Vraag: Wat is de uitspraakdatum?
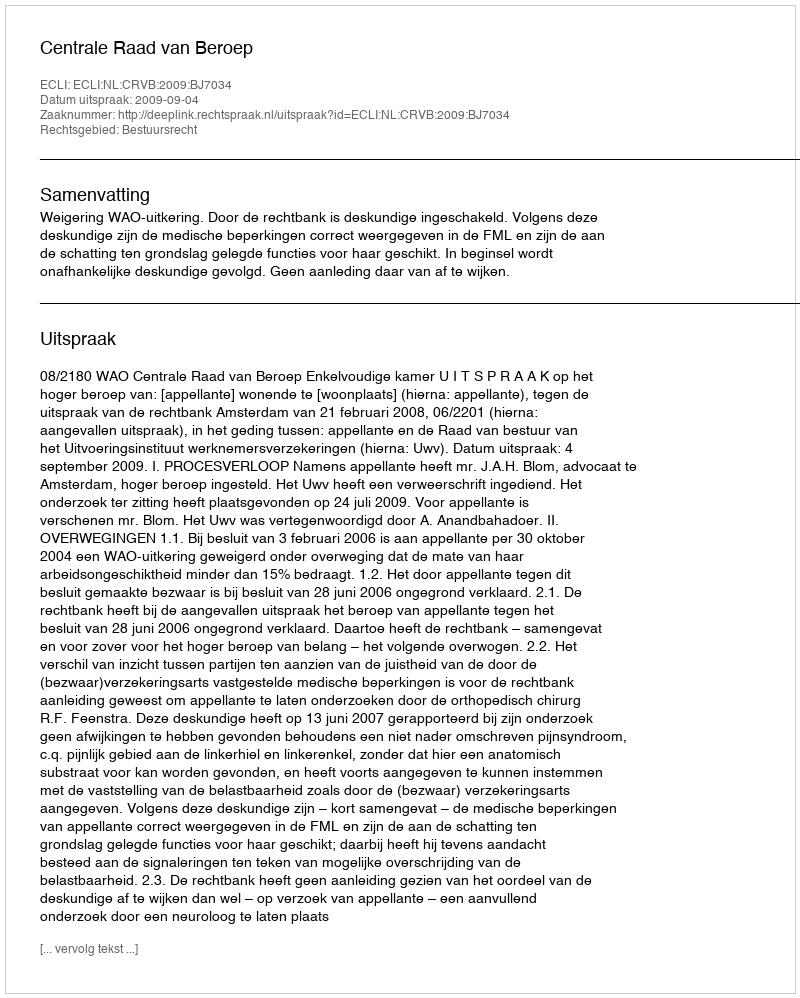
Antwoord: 2009-09-04